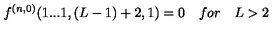
f ^ { ( n , 0 ) } ( 1 . . . 1 , ( L - 1 ) + 2 , 1 ) = 0 \quad f o r \quad L > 2